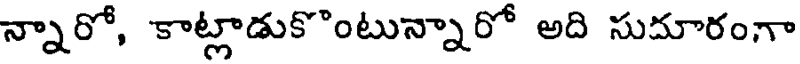
న్నారో, కాట్లాడుకొంటున్నారో అది సుదూరంగా